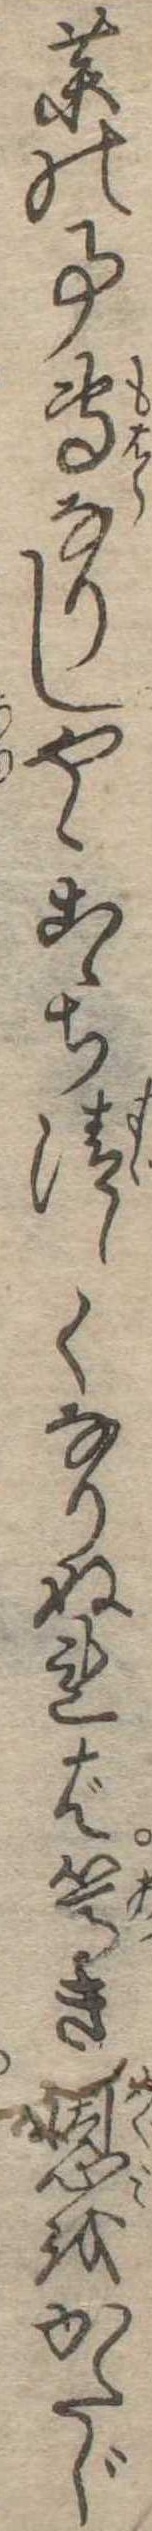
薬の事専なりしやゝこゝち清しくなりぬれば篤き恩をかたじ